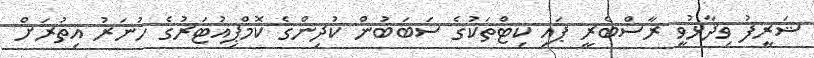
ޝަރީފު ވިދާޅުވީ ރާސްބެރީ ޕައި ކިޓްތަކުގެ ސަބަބުން ކުދިންގެ ކޮމްޕިއުޓަރުގެ ހުނަރު އިތުރަށް